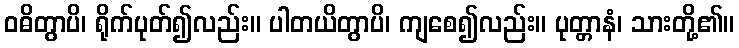
ဝဓိတွာပိ၊ ရိုက်ပုတ်၍လည်း။ ပါတယိတွာပိ၊ ကျစေ၍လည်း။ ပုတ္တာနံ၊ သားတို့၏။